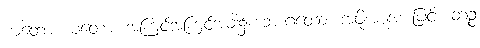
ယတော ယတော၊ အကြင်အကြင်အခါ၌။ ဘာဂတော၊ အဖို့အစုအားဖြင့်။ တဉ္စ